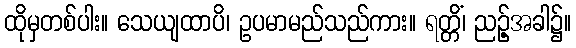
ထိုမှတစ်ပါး။ သေယျထာပိ၊ ဥပမာမည်သည်ကား။ ရတ္တိံ၊ ညဉ့်အခါ၌။